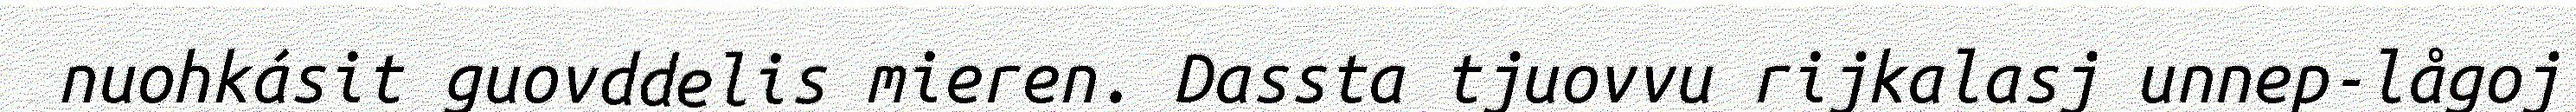
nuohkásit guovddelis mieren. Dassta tjuovvu rijkalasj unnep-lågoj